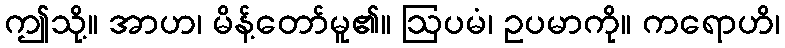
ဤသို့။ အာဟ၊ မိန့်တော်မူ၏။ ဩပမံ၊ ဥပမာကို။ ကရောဟိ၊